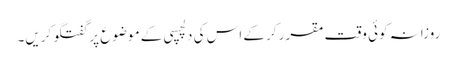
روزانہ کوئی وقت مقرر کرکے اس کی دلچسپی کے موضوع پر گفتگو کریں۔